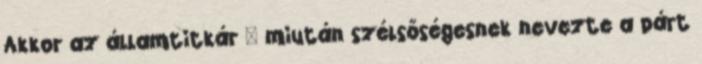
Akkor az államtitkár – miután szélsőségesnek nevezte a párt